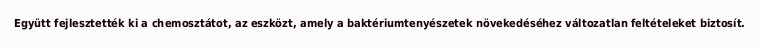
Együtt fejlesztették ki a chemosztátot, az eszközt, amely a baktériumtenyészetek növekedéséhez változatlan feltételeket biztosít.